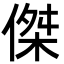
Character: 傑